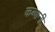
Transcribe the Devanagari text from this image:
कब्बानी